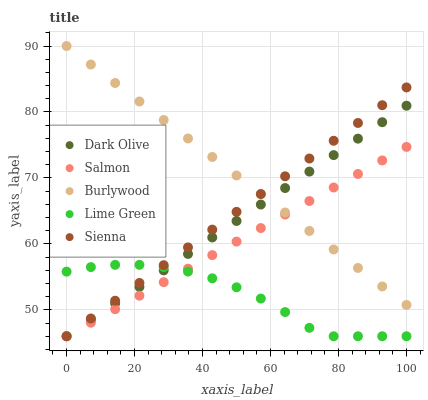
| xaxis_label | Dark Olive | Salmon | Burlywood | Lime Green | Sienna |
 | --- | --- | --- | --- | --- | --- |
 | 0 | 46 | 46 | 90 | 55.8 | 46 |
 | 7.14 | 48.5 | 48.1 | 87.2 | 56.5 | 48.7 |
 | 14.3 | 51 | 50.1 | 84.4 | 56.8 | 51.4 |
 | 21.4 | 53.5 | 52.2 | 81.6 | 56.8 | 54.1 |
 | 28.6 | 56 | 54.2 | 78.8 | 56.5 | 56.8 |
 | 35.7 | 58.5 | 56.3 | 76 | 55.8 | 59.5 |
 | 42.9 | 61 | 58.3 | 73.2 | 54.8 | 62.2 |
 | 50 | 63.5 | 60.4 | 70.4 | 53.4 | 64.9 |
 | 57.1 | 66 | 62.4 | 67.6 | 51.7 | 67.6 |
 | 64.3 | 68.5 | 64.5 | 64.8 | 49.7 | 70.2 |
 | 71.4 | 71 | 66.5 | 62 | 47.3 | 72.9 |
 | 78.6 | 73.5 | 68.6 | 59.2 | 46 | 75.6 |
 | 85.7 | 76 | 70.6 | 56.4 | 46 | 78.3 |
 | 92.9 | 78.5 | 72.7 | 53.6 | 46 | 81 |
 | 100 | 80.9 | 74.7 | 50.7 | 46 | 83.7 |